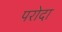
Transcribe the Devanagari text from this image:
परोदा